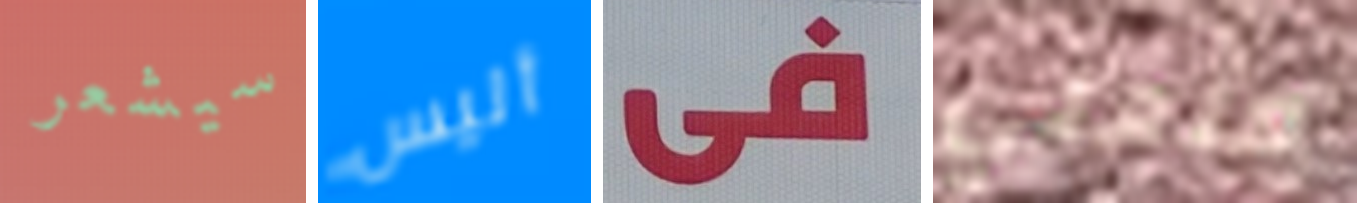
سيشعر أليس فى صنعتي